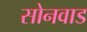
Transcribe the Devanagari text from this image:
सोनवाड